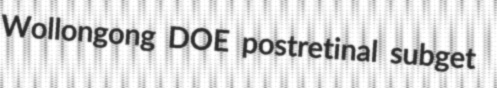
Wollongong DOE postretinal subget